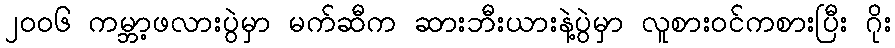
၂ဝဝ၆ ကမ္ဘာ့ဖလားပွဲမှာ မက်ဆီက ဆားဘီးယားနဲ့ပွဲမှာ လူစားဝင်ကစားပြီး ဂိုး